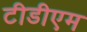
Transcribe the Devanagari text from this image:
टीडीएम